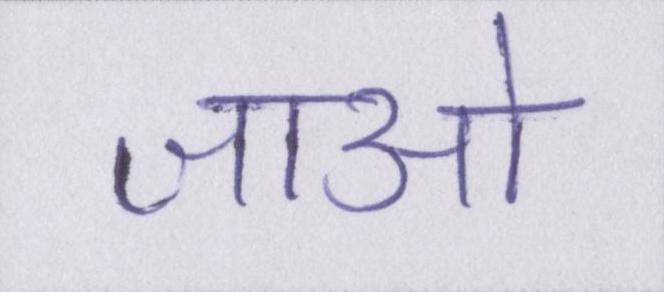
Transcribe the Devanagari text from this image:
जाओ